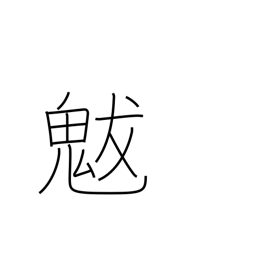
Meaning: (god of) drought